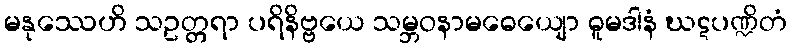
မနုဿေဟိ သဥတ္တရာ ပရိနိဗ္ဗယေ သမ္ဘဝနာမဓေယျော ဓူမဒါနံ ဃဋပဏ္ဍိတံ